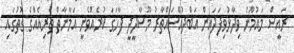
ރައީސް މައުމޫނު ވިދާޅުވިފަދައިން އަބްދުއްސައްތާރު މޫސާދީދީ ފާހަގަ ކުރެއްވެނީ އަމާނާތް ތެރިއެއްގެ ގޮތުގައި